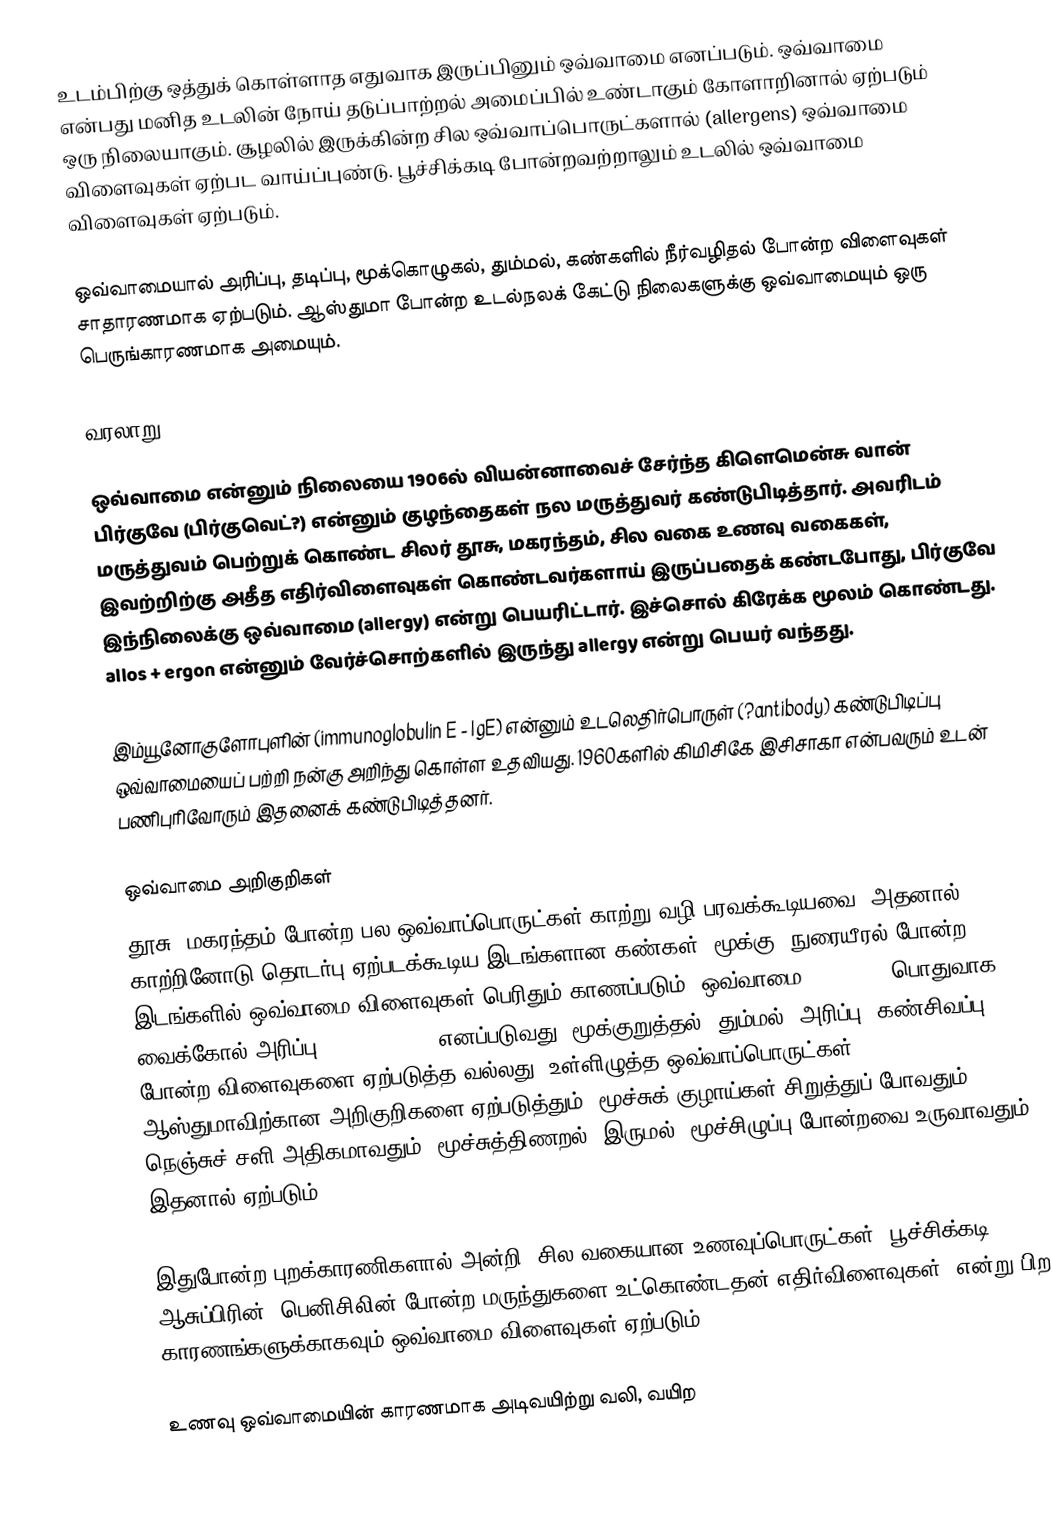
உடம்பிற்கு ஒத்துக் கொள்ளாத எதுவாக இருப்பினும் ஒவ்வாமை எனப்படும். ஒவ்வாமை என்பது மனித உடலின் நோய் தடுப்பாற்றல் அமைப்பில் உண்டாகும் கோளாறினால் ஏற்படும் ஒரு நிலையாகும். சூழலில் இருக்கின்ற சில ஒவ்வாப்பொருட்களால் (allergens) ஒவ்வாமை விளைவுகள் ஏற்பட வாய்ப்புண்டு. பூச்சிக்கடி போன்றவற்றாலும் உடலில் ஒவ்வாமை விளைவுகள் ஏற்படும்.

ஒவ்வாமையால் அரிப்பு, தடிப்பு, மூக்கொழுகல், தும்மல், கண்களில் நீர்வழிதல் போன்ற விளைவுகள் சாதாரணமாக ஏற்படும். ஆஸ்துமா போன்ற உடல்நலக் கேட்டு நிலைகளுக்கு ஒவ்வாமையும் ஒரு பெருங்காரணமாக அமையும்.

வரலாறு

ஒவ்வாமை என்னும் நிலையை 1906ல் வியன்னாவைச் சேர்ந்த கிளெமென்சு வான் பிர்குவே (பிர்குவெட்?) என்னும் குழந்தைகள் நல மருத்துவர் கண்டுபிடித்தார். அவரிடம் மருத்துவம் பெற்றுக் கொண்ட சிலர் தூசு, மகரந்தம், சில வகை உணவு வகைகள், இவற்றிற்கு அதீத எதிர்விளைவுகள் கொண்டவர்களாய் இருப்பதைக் கண்டபோது, பிர்குவே இந்நிலைக்கு ஒவ்வாமை (allergy) என்று பெயரிட்டார். இச்சொல் கிரேக்க மூலம் கொண்டது. allos + ergon என்னும் வேர்ச்சொற்களில் இருந்து allergy என்று பெயர் வந்தது.

இம்யூனோகுளோபுளின் (immunoglobulin E - IgE) என்னும் உடலெதிர்பொருள் (?antibody) கண்டுபிடிப்பு ஒவ்வாமையைப் பற்றி நன்கு அறிந்து கொள்ள உதவியது. 1960களில் கிமிசிகே இசிசாகா என்பவரும் உடன் பணிபுரிவோரும் இதனைக் கண்டுபிடித்தனர்.

ஒவ்வாமை அறிகுறிகள்
தூசு, மகரந்தம் போன்ற பல ஒவ்வாப்பொருட்கள் காற்று வழி பரவக்கூடியவை. அதனால், காற்றினோடு தொடர்பு ஏற்படக்கூடிய இடங்களான கண்கள், மூக்கு, நுரையீரல் போன்ற இடங்களில் ஒவ்வாமை விளைவுகள் பெரிதும் காணப்படும். ஒவ்வாமை rhinitis (பொதுவாக வைக்கோல் அரிப்பு (hay fever ?) எனப்படுவது) மூக்குறுத்தல், தும்மல், அரிப்பு, கண்சிவப்பு போன்ற விளைவுகளை ஏற்படுத்த வல்லது. உள்ளிழுத்த ஒவ்வாப்பொருட்கள் ஆஸ்துமாவிற்கான அறிகுறிகளை ஏற்படுத்தும். மூச்சுக் குழாய்கள் சிறுத்துப் போவதும் நெஞ்சுச் சளி அதிகமாவதும், மூச்சுத்திணறல், இருமல், மூச்சிழுப்பு போன்றவை உருவாவதும் இதனால் ஏற்படும்.

இதுபோன்ற புறக்காரணிகளால் அன்றி, சில வகையான உணவுப்பொருட்கள், பூச்சிக்கடி, ஆசுப்பிரின், பெனிசிலின் போன்ற மருந்துகளை உட்கொண்டதன் எதிர்விளைவுகள், என்று பிற காரணங்களுக்காகவும் ஒவ்வாமை விளைவுகள் ஏற்படும்.

உணவு ஒவ்வாமையின் காரணமாக அடிவயிற்று வலி, வயிற